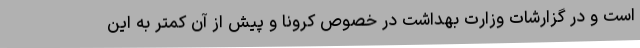
است و در گزارشات وزارت بهداشت در خصوص کرونا و پیش از آن کمتر به این